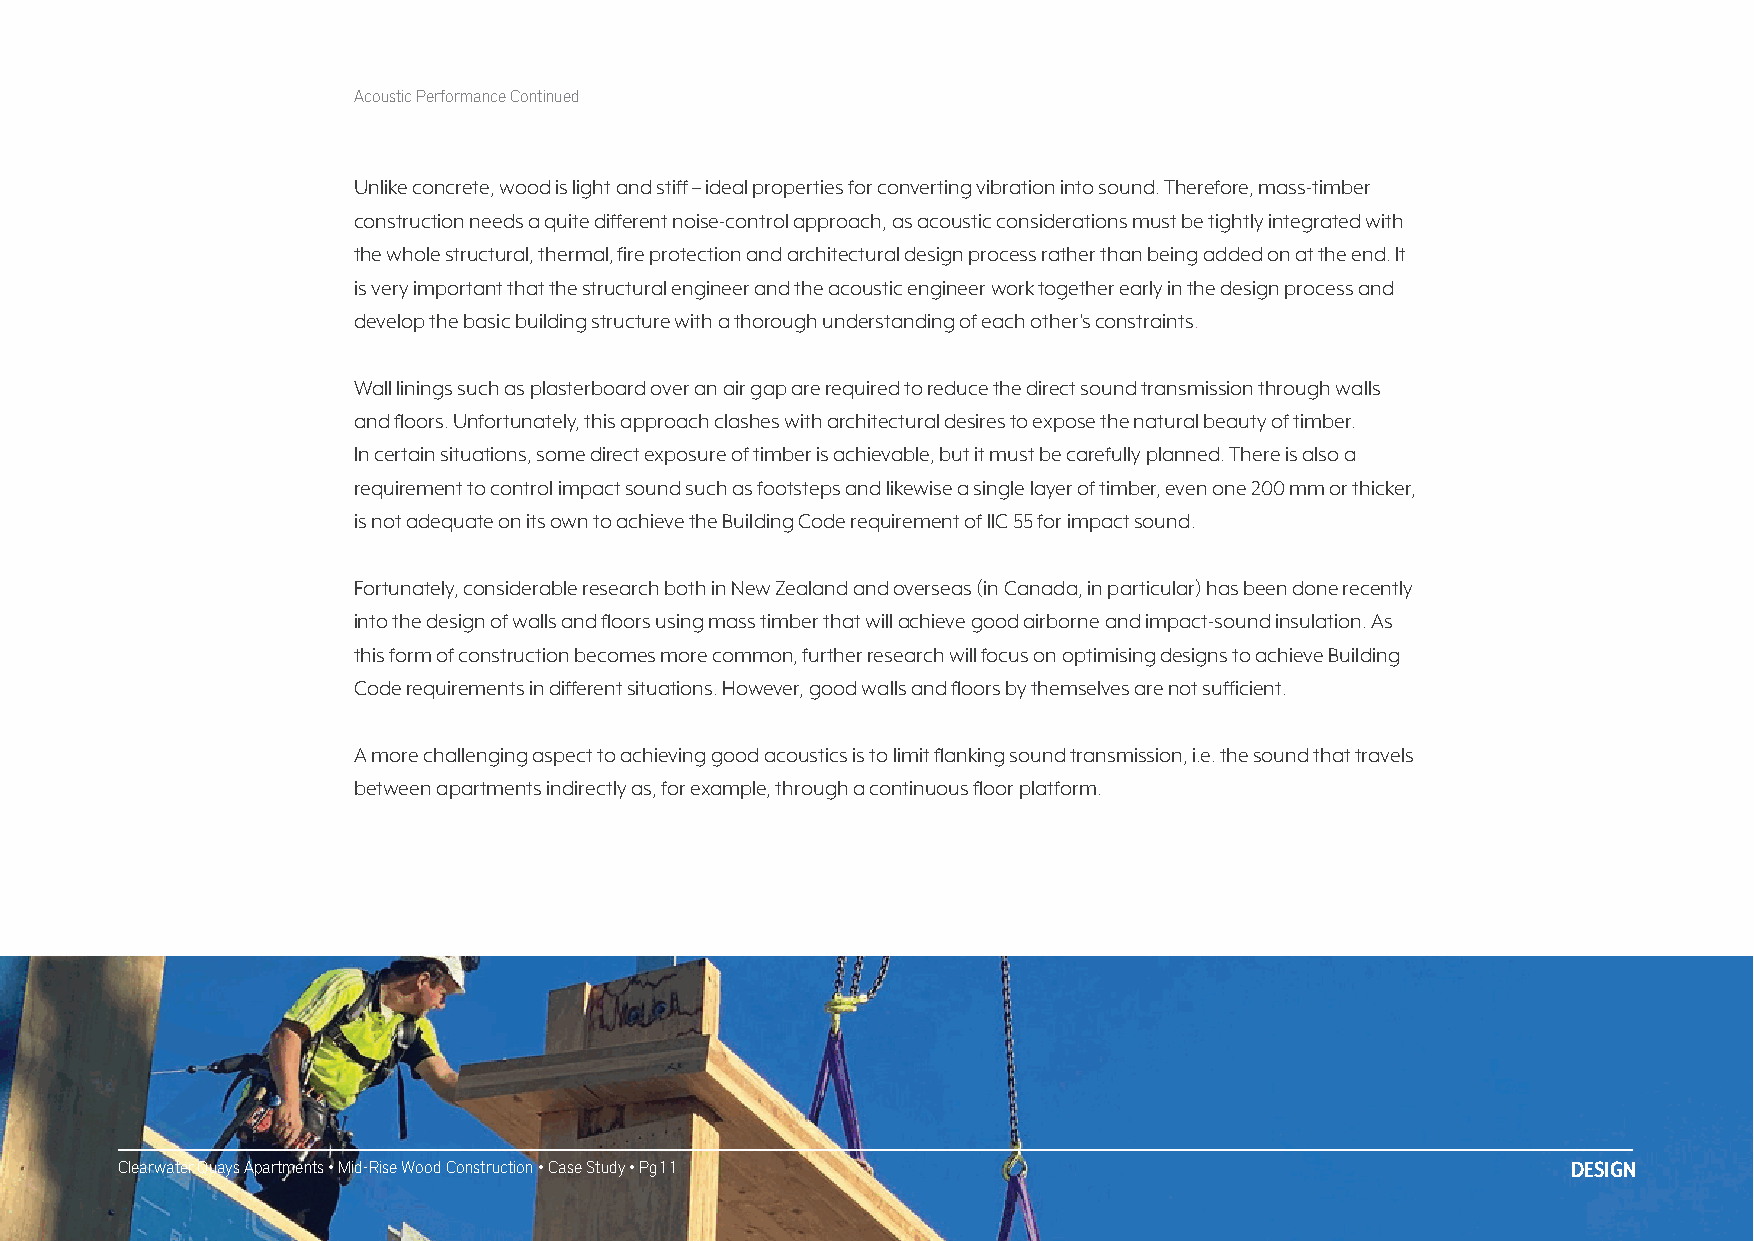
Acoustic Performance Continued
 Unlike concrete, wood is light and stiff – ideal properties for converting vibration into sound. Therefore, mass-timber
 construction needs a quite different noise-control approach, as acoustic considerations must be tightly integrated with
 the whole structural, thermal, fire protection and architectural design process rather than being added on at the end. It
 is very important that the structural engineer and the acoustic engineer work together early in the design process and
 develop the basic building structure with a thorough understanding of each other’s constraints.
 Wall linings such as plasterboard over an air gap are required to reduce the direct sound transmission through walls
 and floors. Unfortunately, this approach clashes with architectural desires to expose the natural beauty of timber.
 In certain situations, some direct exposure of timber is achievable, but it must be carefully planned. There is also a
 requirement to control impact sound such as footsteps and likewise a single layer of timber, even one 200 mm or thicker,
 is not adequate on its own to achieve the Building Code requirement of IIC 55 for impact sound.
 Fortunately, considerable research both in New Zealand and overseas (in Canada, in particular) has been done recently
 into the design of walls and floors using mass timber that will achieve good airborne and impact-sound insulation. As
 this form of construction becomes more common, further research will focus on optimising designs to achieve Building
 Code requirements in different situations. However, good walls and floors by themselves are not sufficient.
 A more challenging aspect to achieving good acoustics is to limit flanking sound transmission, i.e. the sound that travels
 between apartments indirectly as, for example, through a continuous floor platform.
 Clearwater Quays Apartments • Mid-Rise Wood Construction • Case Study • Pg11                    DESIGN